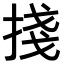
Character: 𢯆